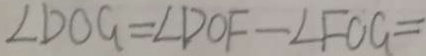
\angle D O G = \angle D O F - \angle F O G =